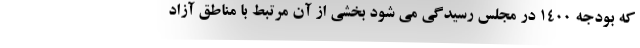
که بودجه ۱۴۰۰ در مجلس رسیدگی می شود بخشی از آن مرتبط با مناطق آزاد